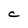
Character: c